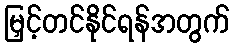
မြှင့်တင်နိုင်ရန်အတွက်